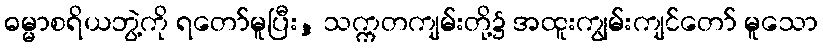
ဓမ္မာစရိယဘွဲ့ကို ရတော်မူပြီး, သက္ကတကျမ်းတို့၌ အထူးကျွမ်းကျင်တော် မူသော